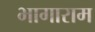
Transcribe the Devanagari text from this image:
भागाराम